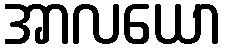
အာလယော